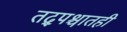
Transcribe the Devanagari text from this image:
तद्पश्चातही